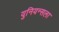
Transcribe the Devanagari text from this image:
युनियन्सला